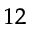
^ { 1 2 }